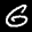
Label: 6